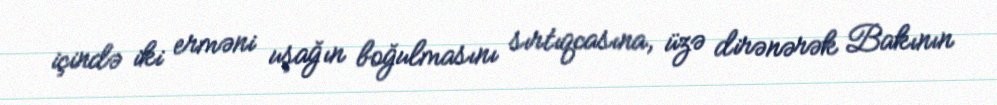
içində iki erməni uşağın boğulmasını sırtıqcasına, üzə dirənərək Bakının